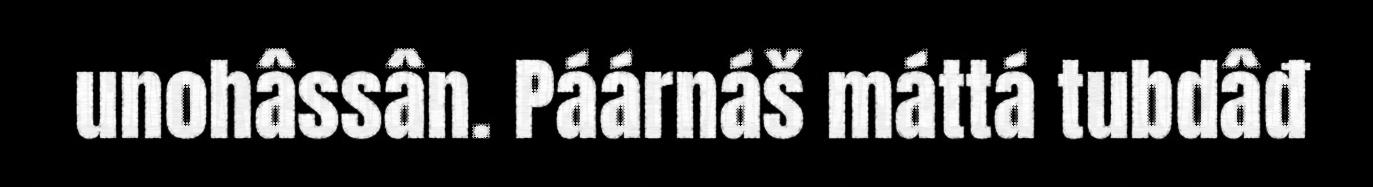
unohâssân. Páárnáš máttá tubdâđ